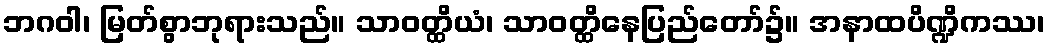
ဘဂဝါ၊ မြတ်စွာဘုရားသည်။ သာဝတ္ထိယံ၊ သာဝတ္ထိနေပြည်တော်၌။ အနာထပိဏ္ဍိကဿ၊